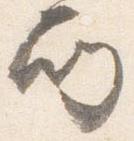
所